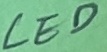
Text: LED